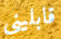
قابليني